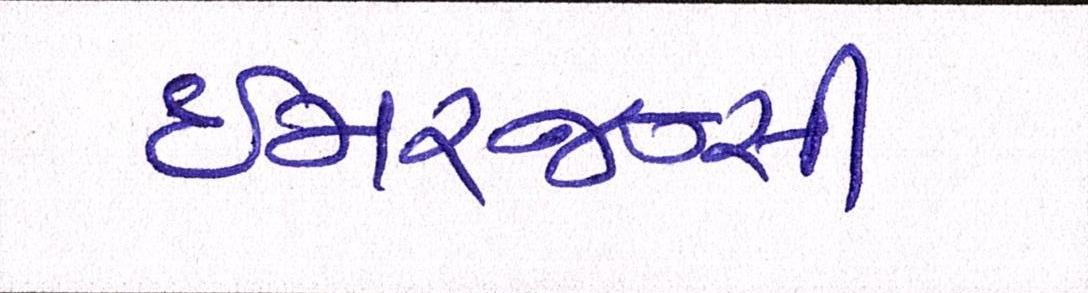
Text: ઇમરજન્સી